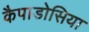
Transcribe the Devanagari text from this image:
कैपाडोसिया